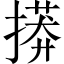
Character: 𢳠